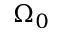
\Omega _ { 0 }